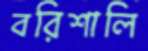
বরিশালি